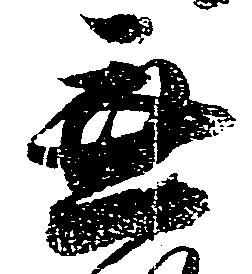
無